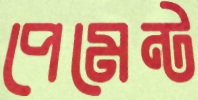
পেমেন্ট